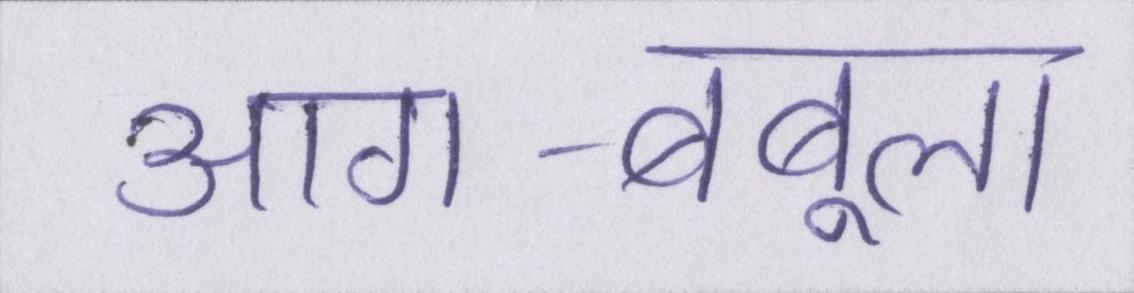
आग-बबूला